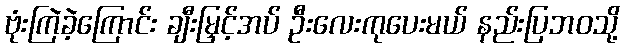
ဗုံးကြဲခဲ့ကြောင်း ချီးမြှင့်အပ် ဦးလေးကုပေးမယ် နည်းပြဘဝသို့